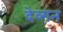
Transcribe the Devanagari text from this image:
देव्गन